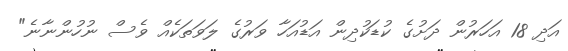
އަދި 18 އަހަރުން ދަށުގެ ކުޑަކުދިން އަޑުއަހާ ވަރުގެ ލަވަތަކެއް ވެސް ނުހުންނާނެ"